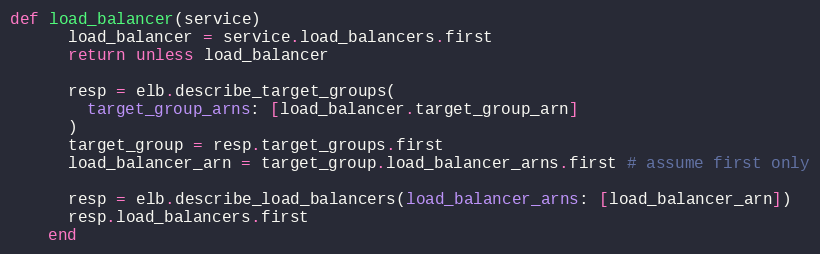
Language: Ruby
def load_balancer(service)
      load_balancer = service.load_balancers.first
      return unless load_balancer

      resp = elb.describe_target_groups(
        target_group_arns: [load_balancer.target_group_arn]
      )
      target_group = resp.target_groups.first
      load_balancer_arn = target_group.load_balancer_arns.first # assume first only

      resp = elb.describe_load_balancers(load_balancer_arns: [load_balancer_arn])
      resp.load_balancers.first
    end